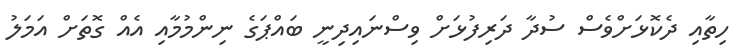
ހިތާއި ދެކޮޅަށްވެސް ސުދާ ދަރިފުޅަށް ވިސްނައިދިނީ ބައްޕަގެ ނިންމުމާއި އެއް ގޮތަށް އަމަލު